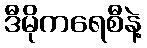
ဒီမိုကရေစီနဲ့